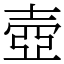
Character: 壺